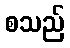
စသည်